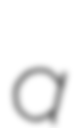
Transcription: a